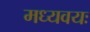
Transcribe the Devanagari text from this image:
मध्यवयः